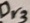
Text: Dr3